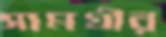
সামগ্রীর